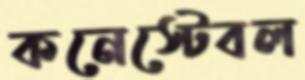
কনেস্টেবল